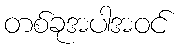
တစ်ခုအပါအဝင်